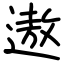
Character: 遨